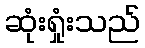
ဆုံးရှုံးသည်